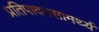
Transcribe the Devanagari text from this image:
प्रतिपादनसामर्थ्य